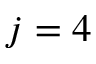
j = 4